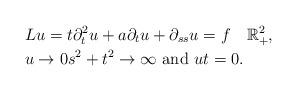
LaTeX: \begin{align*}&Lu=t\partial^2_{t}u+a\partial_tu+\partial_{ss}u=f\quad\mathbb R^2_+,\\&u\rightarrow 0s^2+t^2\rightarrow \infty\text{ and }u t=0.\end{align*}